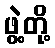
ဖွဲ့တို့